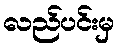
လည်ပင်းမှ